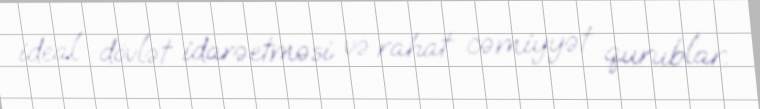
ideal dövlət idarəetməsi və rahat cəmiyyət qurublar.